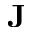
\mathbf { J }